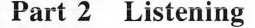
Part 2 Listening